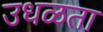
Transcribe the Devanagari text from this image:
उधळता